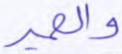
والحمير